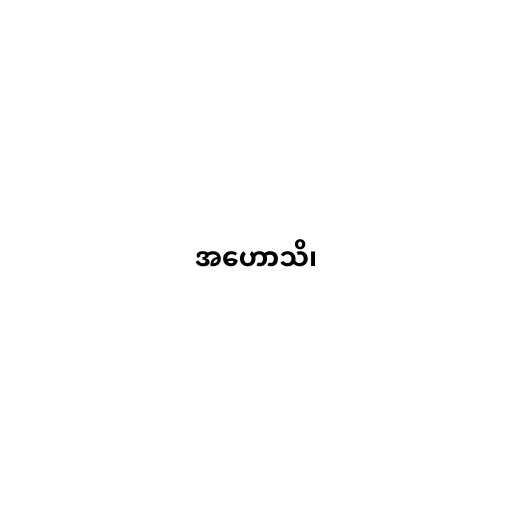
အဟောသိ၊